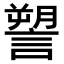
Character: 𧫋